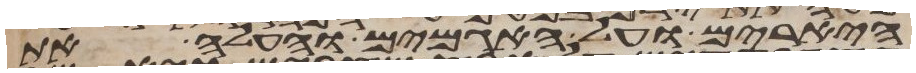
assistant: היארים ועל האגמים והעל את